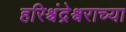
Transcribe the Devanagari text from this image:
हरिश्चंद्रेश्वराच्या